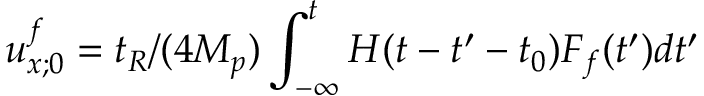
u _ { x ; 0 } ^ { f } = t _ { R } / ( 4 M _ { p } ) \int _ { - \infty } ^ { t } H ( t - t ^ { \prime } - t _ { 0 } ) F _ { f } ( t ^ { \prime } ) d t ^ { \prime }